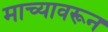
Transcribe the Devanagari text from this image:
माच्यावरून